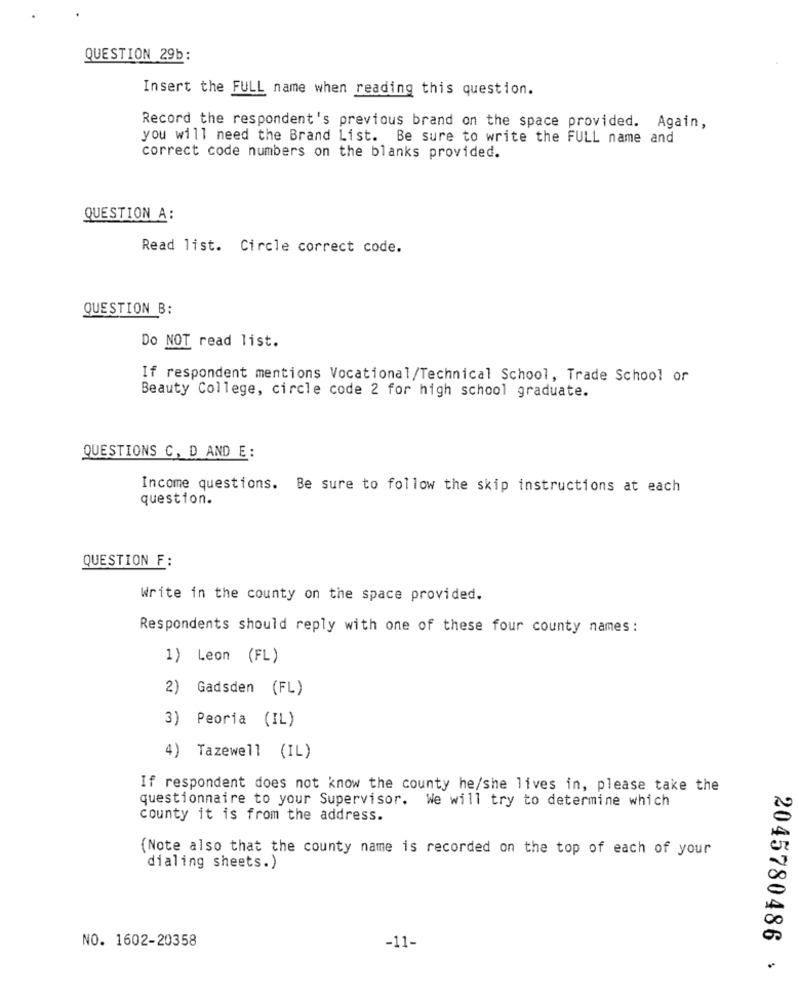
QUESTION 29b:
Insert the FULL name when reading this question.
Record the respondent's previous brand on the space provided. Again,
you will need the Brand List. Be sure to write the FULL name and
correct code numbers on the blanks provided.
QUESTION A:
Read list. Circle correct code.
QUESTION B:
Do NOT read list.
If respondent mentions Vocational/Technical School, Trade School or
Beauty College, circle code 2 for high school graduate.
QUESTIONS C, D AND E :
Income questions. Be sure to follow the skip instructions at each
question.
QUESTION F :
Write in the county on the space provided.
Respondents should reply with one of these four county names :
1) Leon (FL)
2) Gadsden (FL)
3) Peoria (IL)
4) Tazewell (IL)
If respondent does not know the county he/she lives in, please take the
questionnaire to your Supervisor. We will try to determine which
county it is from the address.
(Note also that the county name is recorded on the top of each of your
dialing sheets.)
NO. 1602-20358
-11-
2045780486 >